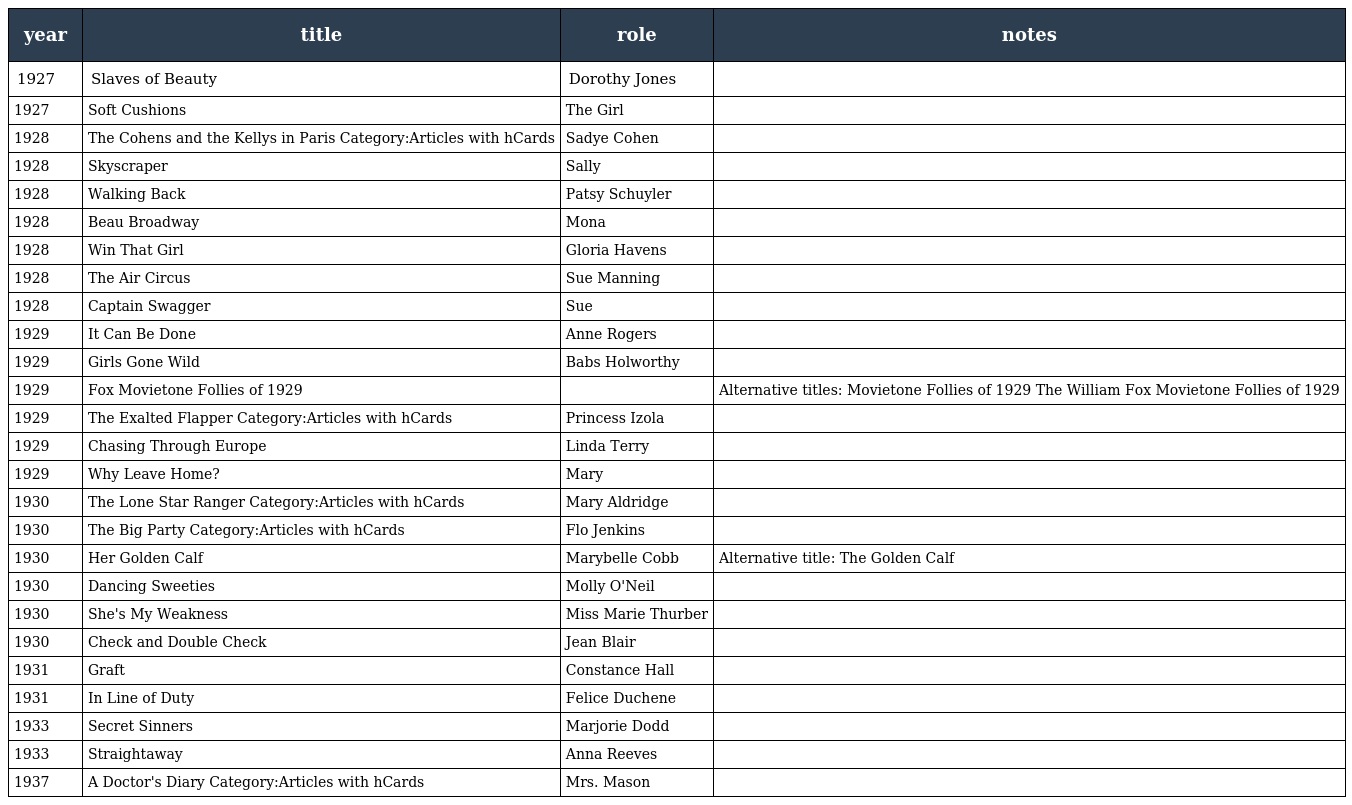
| year | title | role | notes |
 | --- | --- | --- | --- |
 | 1927 | Slaves of Beauty | Dorothy Jones |  |
 | 1927 | Soft Cushions | The Girl |  |
 | 1928 | The Cohens and the Kellys in Paris Category:Articles with hCards | Sadye Cohen |  |
 | 1928 | Skyscraper | Sally |  |
 | 1928 | Walking Back | Patsy Schuyler |  |
 | 1928 | Beau Broadway | Mona |  |
 | 1928 | Win That Girl | Gloria Havens |  |
 | 1928 | The Air Circus | Sue Manning |  |
 | 1928 | Captain Swagger | Sue |  |
 | 1929 | It Can Be Done | Anne Rogers |  |
 | 1929 | Girls Gone Wild | Babs Holworthy |  |
 | 1929 | Fox Movietone Follies of 1929 |  | Alternative titles: Movietone Follies of 1929 The William Fox Movietone Follies of 1929 |
 | 1929 | The Exalted Flapper Category:Articles with hCards | Princess Izola |  |
 | 1929 | Chasing Through Europe | Linda Terry |  |
 | 1929 | Why Leave Home? | Mary |  |
 | 1930 | The Lone Star Ranger Category:Articles with hCards | Mary Aldridge |  |
 | 1930 | The Big Party Category:Articles with hCards | Flo Jenkins |  |
 | 1930 | Her Golden Calf | Marybelle Cobb | Alternative title: The Golden Calf |
 | 1930 | Dancing Sweeties | Molly O'Neil |  |
 | 1930 | She's My Weakness | Miss Marie Thurber |  |
 | 1930 | Check and Double Check | Jean Blair |  |
 | 1931 | Graft | Constance Hall |  |
 | 1931 | In Line of Duty | Felice Duchene |  |
 | 1933 | Secret Sinners | Marjorie Dodd |  |
 | 1933 | Straightaway | Anna Reeves |  |
 | 1937 | A Doctor's Diary Category:Articles with hCards | Mrs. Mason |  |